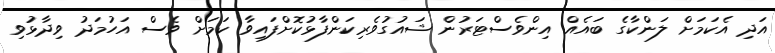
އަދި އެކަމަށް ލަންކާގެ ބައެއް އިންވެސްޓަރުން ޝައުގުވެރިކަންފާޅުކޮށްފައިވާ ކަމަށް ވެސް އަހުމަދު ވިދާޅުވި